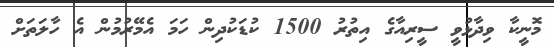
މޮނީކާ ވިދާޅުވީ ސީރިއާގެ އިތުރު 1500 ކުޑަކުދިން ހަމަ އެމޭރުމުން އެ ހާލަތަށް